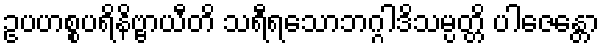
ဥပဟစ္စပရိနိဗ္ဗာယီတိ သရီရသောဘဂ္ဂါဒိသမ္ပတ္တိ ပါဇေန္တော